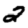
Digit: 2